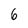
Character: 6